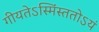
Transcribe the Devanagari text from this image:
गीयतेऽस्मिंस्ततोऽयं